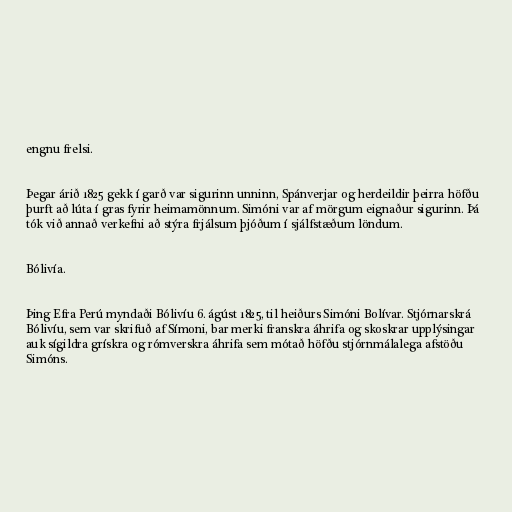
engnu frelsi.

Þegar árið 1825 gekk í garð var sigurinn unninn, Spánverjar og herdeildir þeirra höfðu
þurft að lúta í gras fyrir heimamönnum. Simóni var af mörgum eignaður sigurinn. Þá
tók við annað verkefni að stýra frjálsum þjóðum í sjálfstæðum löndum.

Bólivía.

Þing Efra Perú myndaði Bólivíu 6. ágúst 1825, til heiðurs Simóni Bolívar. Stjórnarskrá
Bólivíu, sem var skrifuð af Símoni, bar merki franskra áhrifa og skoskrar upplýsingar
auk sígildra grískra og rómverskra áhrifa sem mótað höfðu stjórnmálalega afstöðu
Simóns.